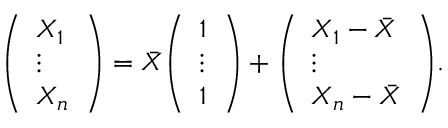
{ \left( \begin{array} { l } { X _ { 1 } } \\ { \vdots } \\ { X _ { n } } \end{array} \right) } = { \bar { X } } { \left( \begin{array} { l } { 1 } \\ { \vdots } \\ { 1 } \end{array} \right) } + { \left( \begin{array} { l } { X _ { 1 } - { \bar { X } } } \\ { \vdots } \\ { X _ { n } - { \bar { X } } } \end{array} \right) } .